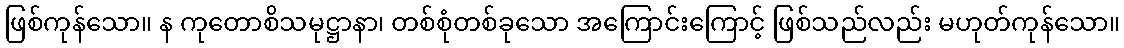
ဖြစ်ကုန်သော။ န ကုတောစိသမုဋ္ဌာနာ၊ တစ်စုံတစ်ခုသော အကြောင်းကြောင့် ဖြစ်သည်လည်း မဟုတ်ကုန်သော။